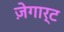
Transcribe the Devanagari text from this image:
ज़ेगार्ट